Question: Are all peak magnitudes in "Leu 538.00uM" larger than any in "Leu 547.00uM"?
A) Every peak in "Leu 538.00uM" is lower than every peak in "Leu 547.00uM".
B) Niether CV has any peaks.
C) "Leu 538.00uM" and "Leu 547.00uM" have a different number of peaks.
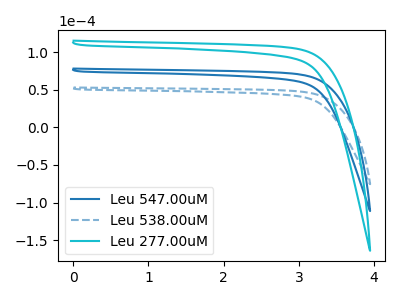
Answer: <think>The blue curve "Leu 547.00uM" has no peaks. The blue dashed curve "Leu 538.00uM" has no peaks. The cyan curve "Leu 277.00uM" has no peaks.</think>
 <answer>B) Niether CV has any peaks.</answer>
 <eval>B</eval>